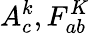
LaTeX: A_{c}^{k},F_{ab}^{K}